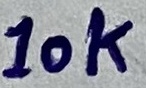
Text: 10k